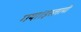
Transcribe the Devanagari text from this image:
गया।इस्लामी